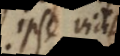
Ipse vidit